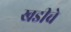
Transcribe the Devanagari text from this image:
खडीचे